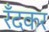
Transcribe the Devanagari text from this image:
रँदकर